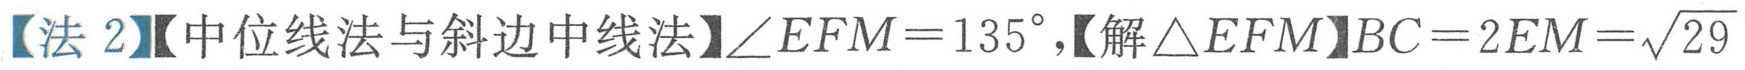
【法 2】【中位线法与斜边中线法】\(\angle EFM = 135^{\circ}\)，【解\(\triangle EFM\)】\(BC = 2EM=\sqrt{29}\)